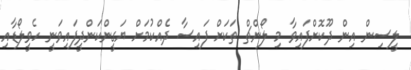
ލީސިން އިން ދޫކޮށްފައިވާ މި ލޯންޗް ތަކަށް ފައިސާ ދެއްކުމަށް ޔަގީންކަންދީފައިވަނީ ހެވީލޯޑާއި